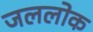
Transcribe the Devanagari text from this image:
जललोक